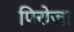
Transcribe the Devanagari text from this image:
पिरोजा